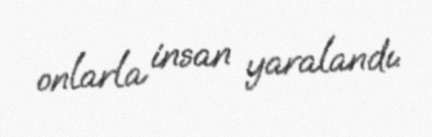
onlarla insan yaralandı.